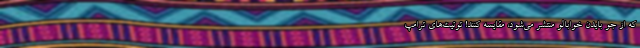
که از جو بایدن خوابالو منتشر می‌شود، مقایسه کنند! توئیت‌های ترامپ